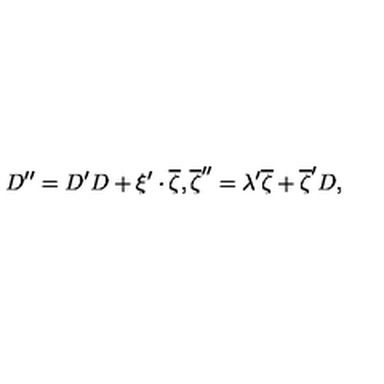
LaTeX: D ^ { \prime \prime } = D ^ { \prime } D + \xi ^ { \prime } \cdot \overline { { \zeta } } , \overline { { \zeta } } ^ { \prime \prime } = \lambda ^ { \prime } \overline { { \zeta } } + \overline { { \zeta } } ^ { \prime } D ,